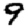
Digit: 9